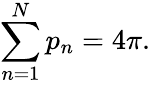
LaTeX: \sum_{n=1}^{N}p_{n}=4\pi.